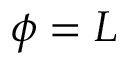
\phi = L